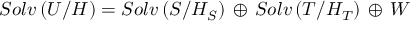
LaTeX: S o l v \left( { \cal U } / { \cal H } \right) = S o l v \left( { S } / { \cal H } _ { S } \right) \, \oplus \, S o l v \left( { T } / { \cal H } _ { T } \right) \, \oplus \, { \cal W }